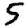
Digit: 5